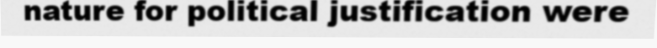
nature for political justification were